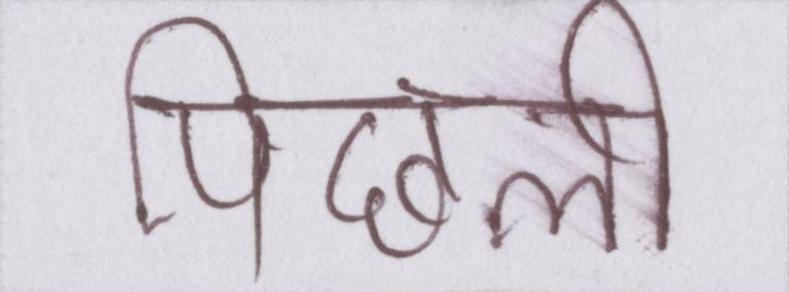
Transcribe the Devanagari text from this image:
पिछली